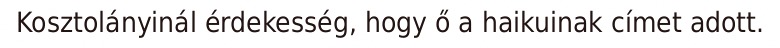
Kosztolányinál érdekesség, hogy ő a haikuinak címet adott.